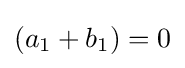
(a_{1}+b_{1})=0